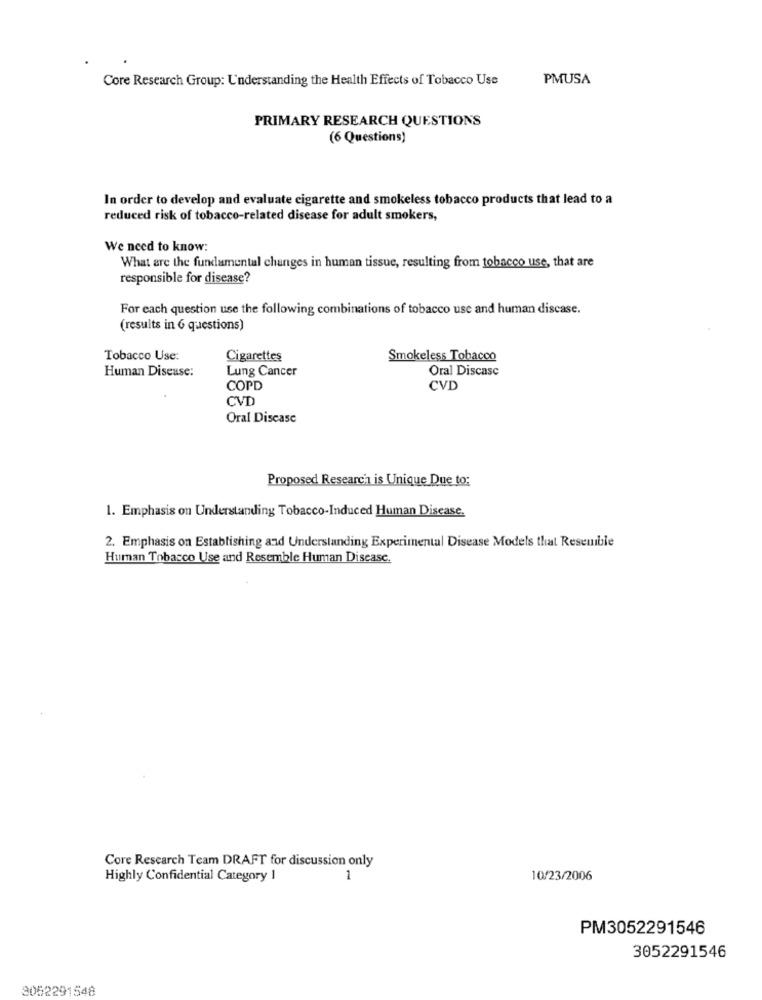
Core Research Group: Understanding the Health Effects of Tobacco Use
PMUSA
PRIMARY RESEARCH QUESTIONS
(6 Questions)
In order to develop and evaluate cigarette and smokeless tobacco products that lead to a
reduced risk of tobacco-related disease for adult smokers,
We need to know:
What are the fundamental changes in human tissue, resulting from tobacco use, that are
responsible for disease?
For each question use the following combinations of tobacco use and human discase.
(results in 6 questions)
Tobacco Use:
Cigarettes
Smokeless Tobacco
Human Disease:
Lung Cancer
Oral Discasc
COPD
CVD
CVD
Oral Disease
Proposed Research is Unique Due to:
1. Emphasis on Understanding Tobacco-Induced Human Disease.
2. Emphasis on Establishing and Understanding Experimental Disease Models that Resemble
Human Tobacco Use and Resemble Human Disease.
Core Research Team DRAFT for discussion only
Highly Confidential Category I
10/23/2006
PM3052291546
3052291546
3052291548